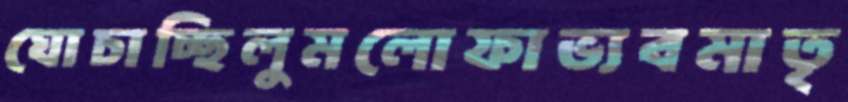
ঘোচাচ্ছিলুমলোফাভ্যবমাতৃ